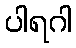
ပါရဂါ